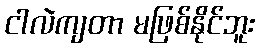
ငါလဲကျတာ မဖြစ်နိုင်ဘူး